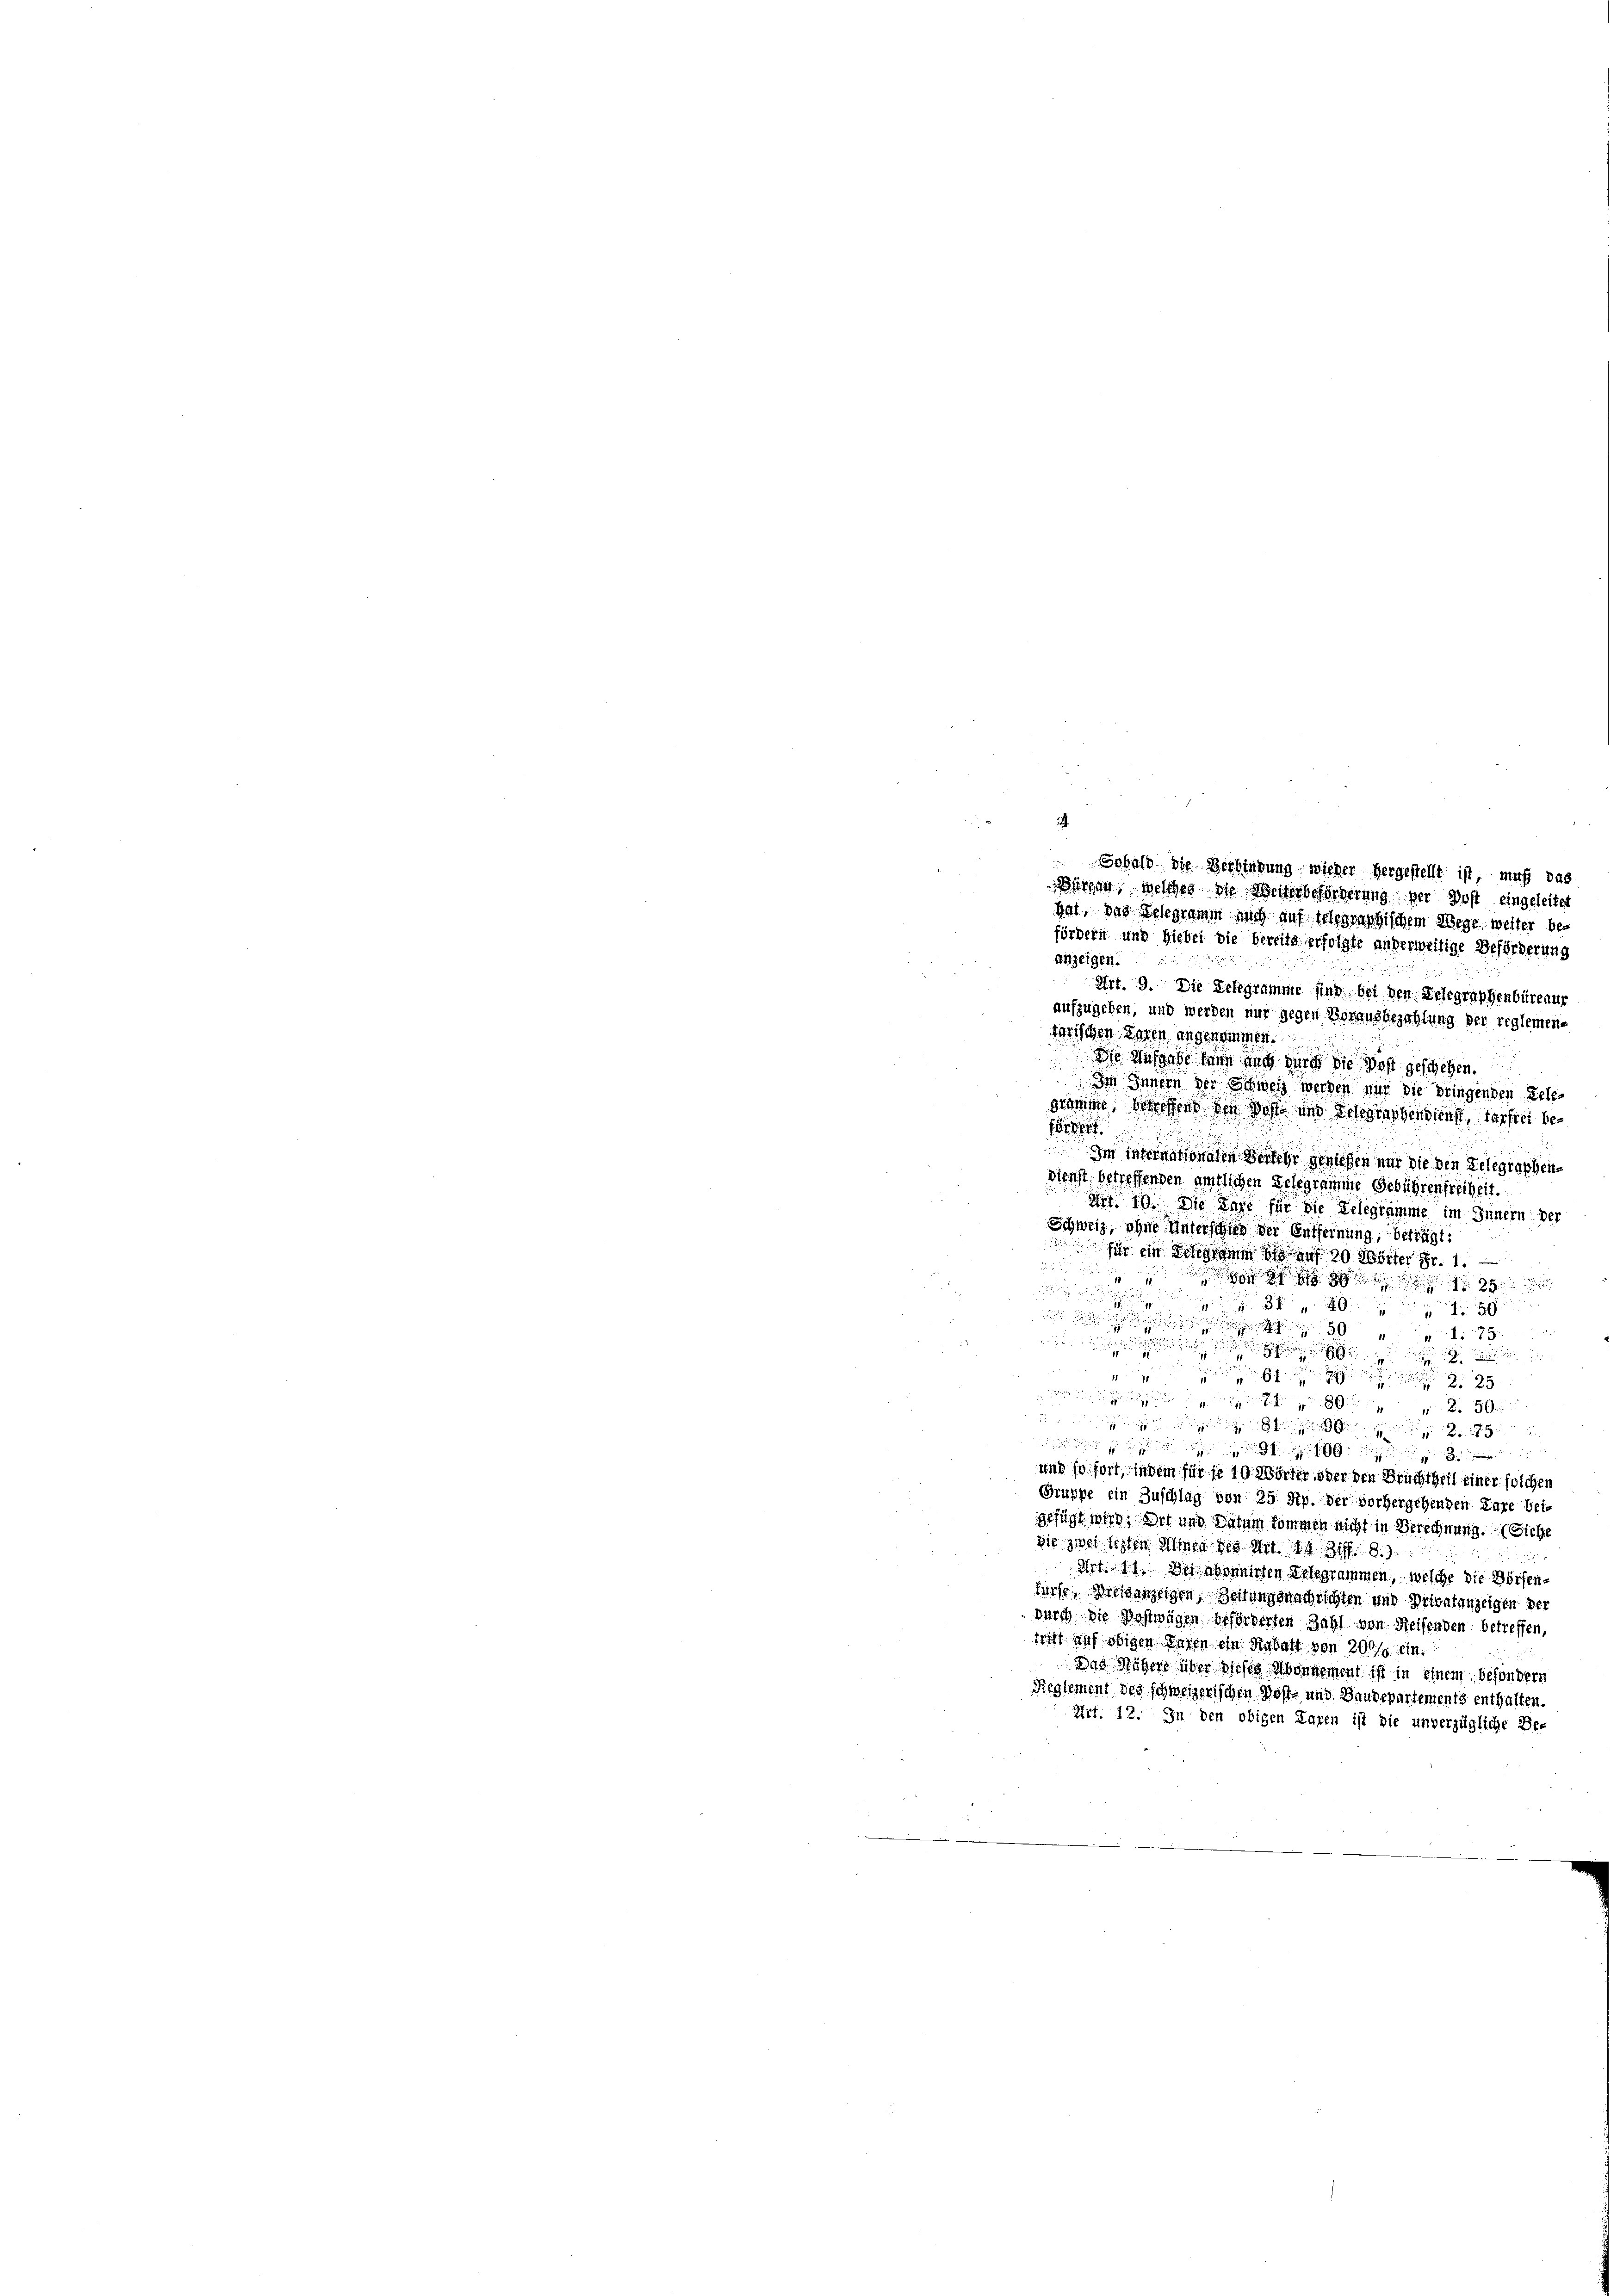
hat, das Gelegramm nach auf telegraphischem Wege, weiter befördern und hiebei die bereits erfolgte anderweitige Beförderung
Anzeigen.
Art. 9. Die Belegramme sind bei den Telegraphenbürenur
aufzugeben, und werden nur gegen Vorausbezahlung der reglemen-
tarischen Tagen angenommen.
Die Ausgabe dann auch durch die Post geschehen.
Im Innern der Schweiz werden nur die bringenden Teledämme betreffend den wohl und Gelegraphendienst, aufrei ber
Im Morgenannten daher wenigen um die den Gelegraphen¬
Dienst betreffenden amtlichen Gelegramme Gebührenfreiheit.
Art. 10. Die Lage für die Gelegramme im Innern der
Schweiz, ohne Unterschied der Entfernung, beträgt:
für ein Schargen bis auf 20 Wörter Fr. 1.

i

9
7
8

.

2

n  gegen
i
und fo fort, indem für je 10 Wörter oder den Bruchtheil einer solchen
Gruppe ein Zuschlag von 25 Rp. der vorhergehenden Lare bei-
gefügt wird, Art und Datum kommen nicht in Berechnung. (Siehe
Sie zwei lezten Minne des Art. 14. 318.
Art. 11. Der abonnirten Gelegrammen, welche die Börsenfürfe Dreisanzeigen, Zeitungsnachrichten und Privatanzeigen der
durch die Postwagen beförderten Zahl von Reisenden betreffen,
tritt auf obigen Paren ein Rabatt von 300 sein.
Das Nähere über dieses Abonnement ist in einem besondern
Sieglement der schweizerischen Post- und Baudepartements enthalten.
Art. 12. In den obigen Paren ist die unverzügliche Be-

Gobald die Verbindung wieder hergestellt ist, muß das
Bürgen, welches die Weiterbeförderung der Post eingeleitet